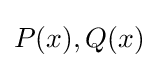
P(x),Q(x)